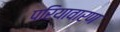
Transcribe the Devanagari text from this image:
परियावारण